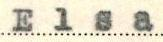
Elsa